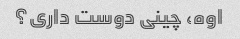
اوه، چینی دوست داری؟